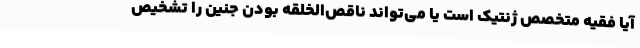
آیا فقیه متخصص ژنتیک است یا می‌تواند ناقص‌الخلقه بودن جنین را تشخیص